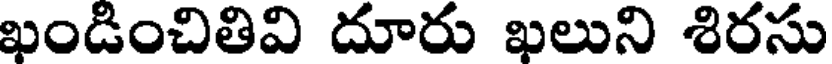
ఖండించితివి దూరు ఖలుని శిరసు